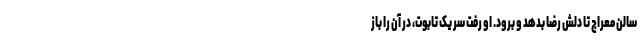
سالن معراج تا دلش رضا بدهد و برود. او رفت سر یک تابوت، در آن را باز